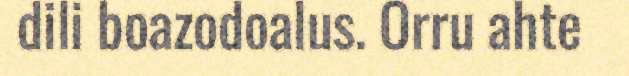
dili boazodoalus. Orru ahte